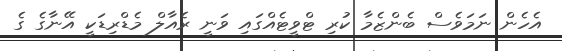
އެހެން ނަމަވެސް ބެންޒެމާ ކުރި ޓްވީޓެއްގައި ވަނީ ރެއާލް މެޑްރިޑަކީ އޭނާގެ ގެ